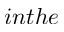
i n t h e